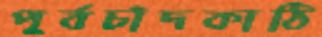
পূর্বচাঁদকাঠি